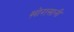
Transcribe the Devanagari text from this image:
ख़ोरासानी